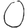
Digit: 0